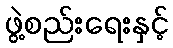
ဖွဲ့စည်းရေးနှင့်